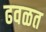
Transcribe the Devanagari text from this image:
ढवळत